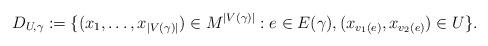
LaTeX: \begin{align*} D_{U, \gamma} := \{(x_1, \dots, x_{|V(\gamma)|}) \in M^{|V(\gamma)|} : e \in E(\gamma), (x_{v_1(e)}, x_{v_2(e)}) \in U \}.\end{align*}